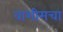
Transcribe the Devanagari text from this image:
वाशीमचा